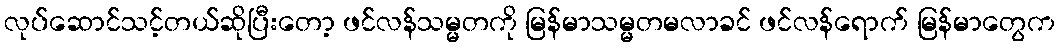
လုပ်ဆောင်သင့်တယ်ဆိုပြီးတော့ ဖင်လန်သမ္မတကို မြန်မာသမ္မတမလာခင် ဖင်လန်ရောက် မြန်မာတွေက